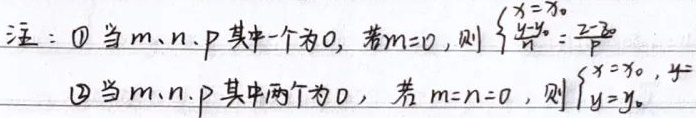
注：\textcircled{1}当\(m、n、p\)其中一个为\(0\)，若\(m = 0\)，则\(\begin{cases}x = x_0\\\frac{y - y_0}{n}=\frac{z - z_0}{p}\end{cases}\)；\textcircled{2}当\(m、n、p\)其中两个为\(0\)，若\(m = n = 0\)，则\(\begin{cases}x = x_0\\y = y_0\end{cases}\)